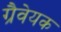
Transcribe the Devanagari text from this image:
ग्रैवेयक